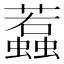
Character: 蠚